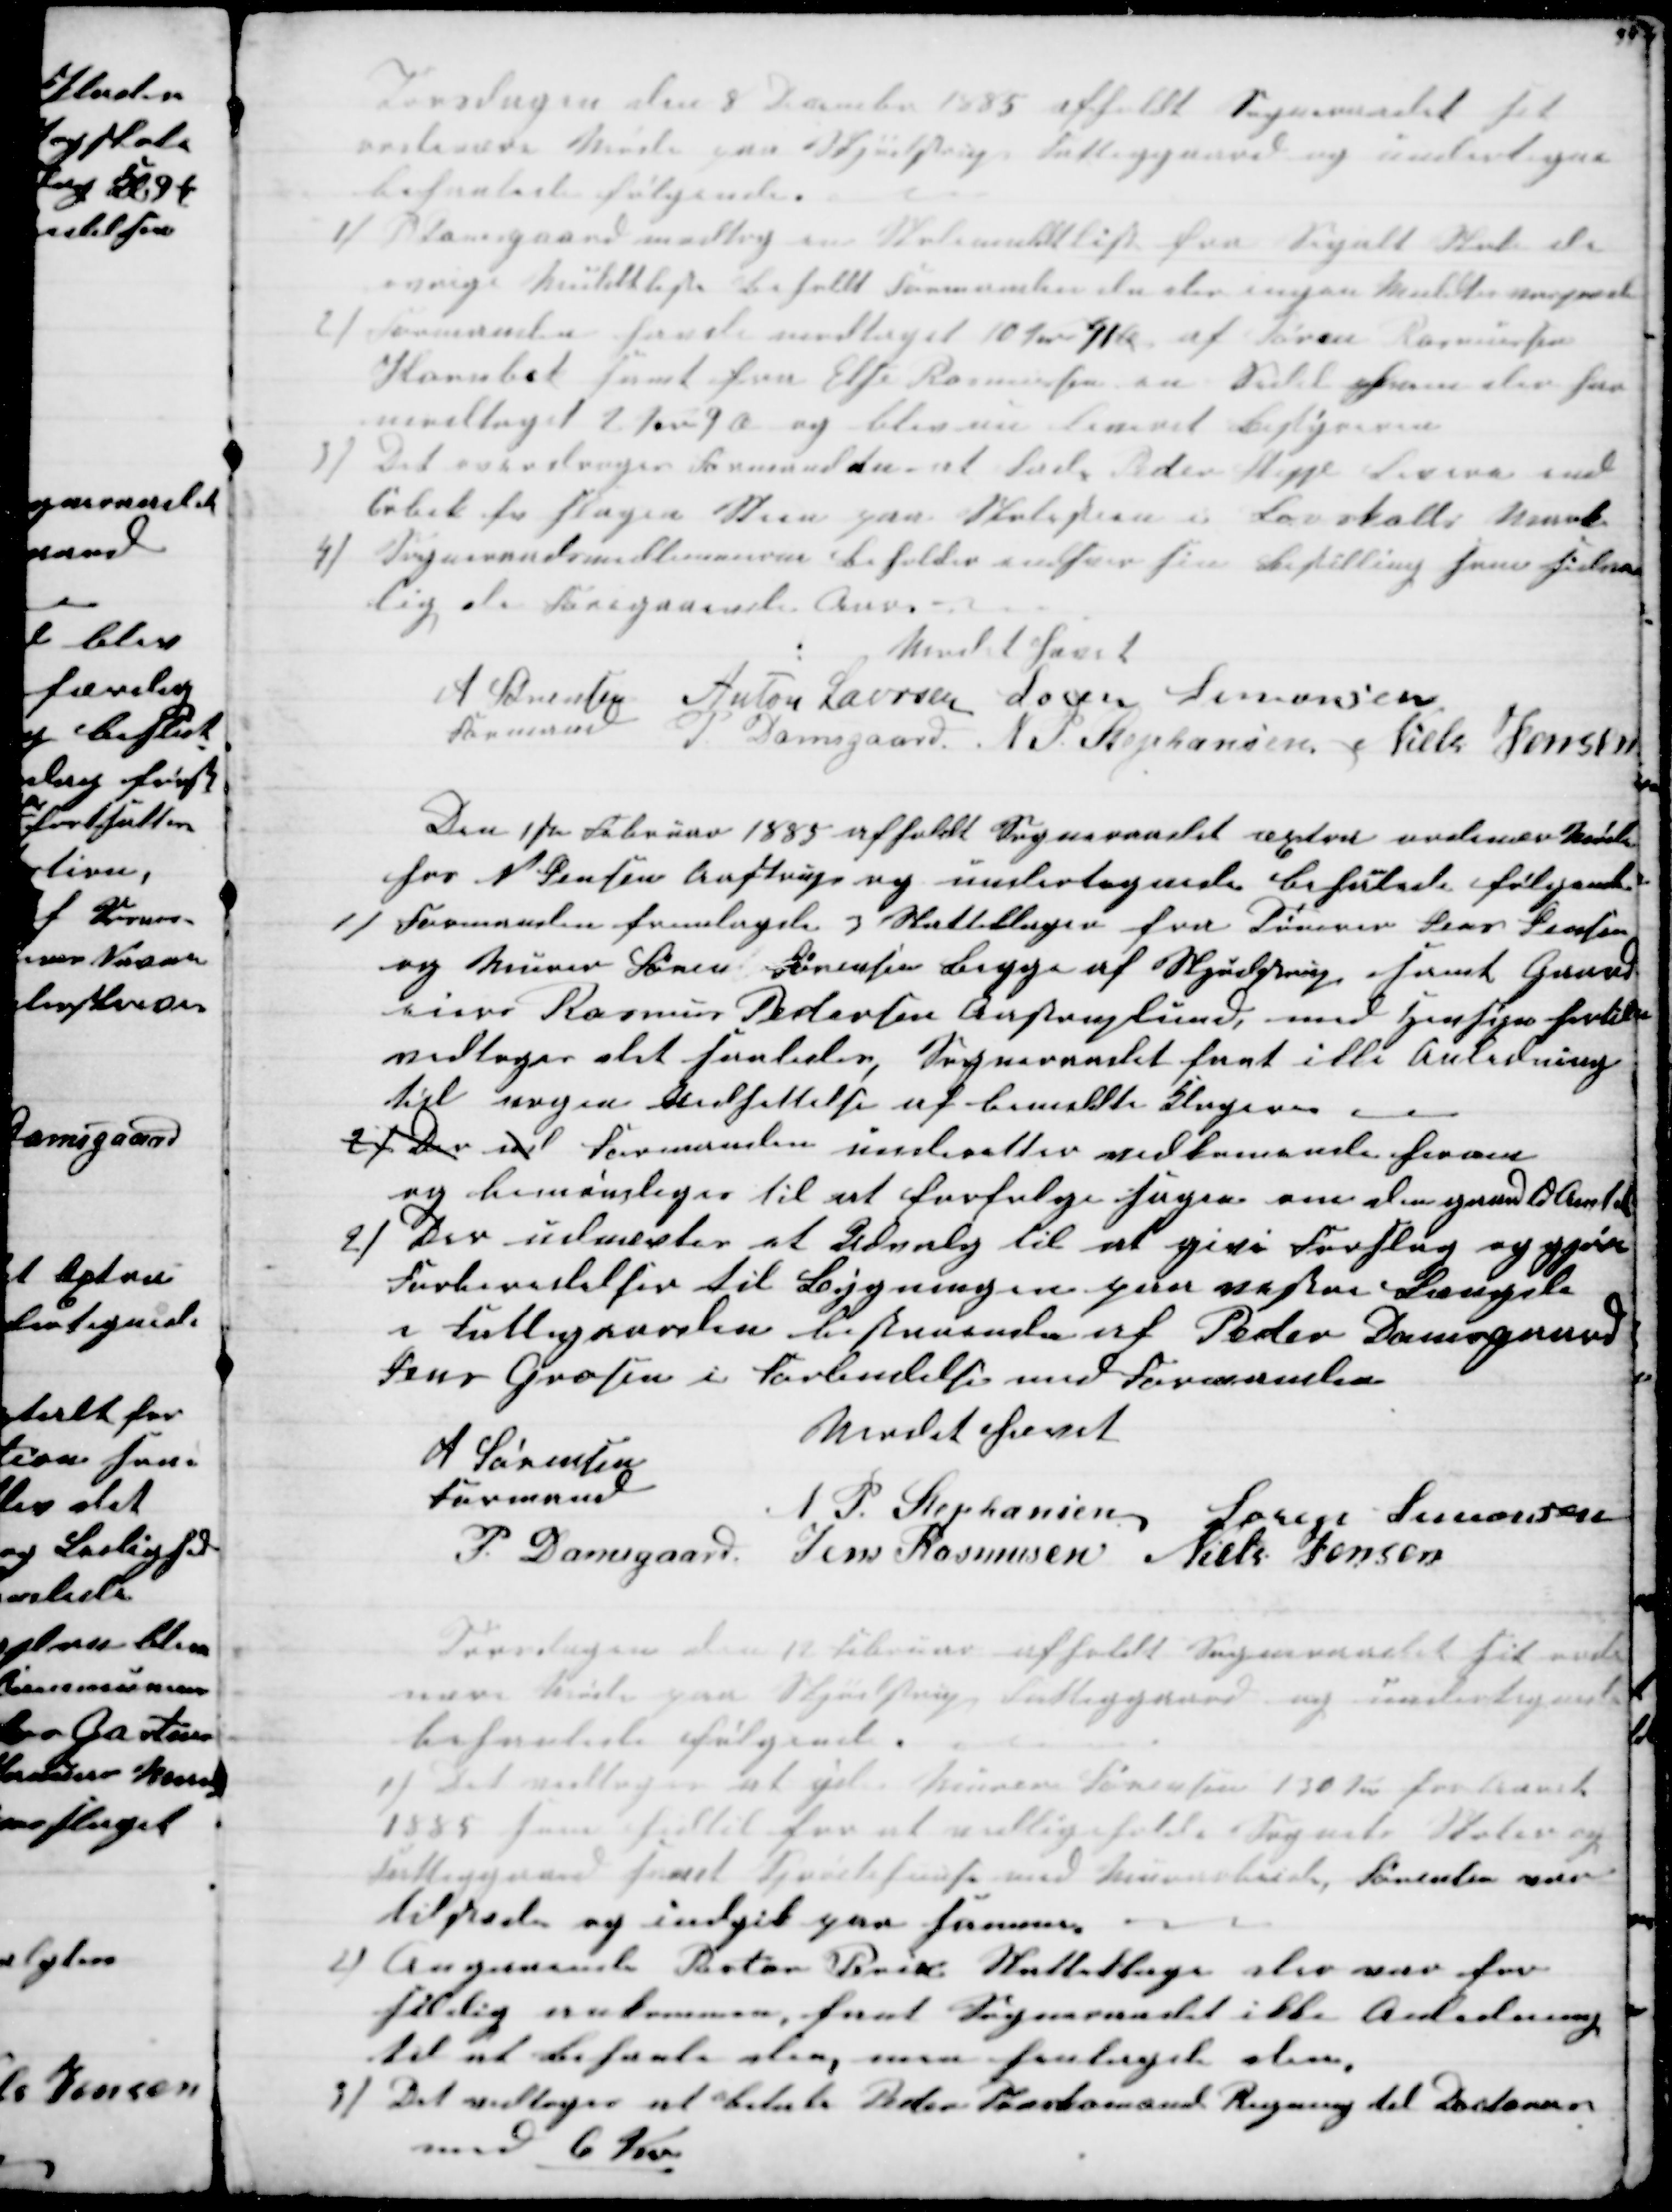
Transskription:
Torsdagen den 8 December 1885 afholdt Sogneraadet sit
ordinære Møde paa Skjødstrup Fattiggaard og undertegne
behanlede følgende.
1) P Damsgaard modtog en Skolemulktliste fra Segalt Skole de
øvrige Mulktlister beholdt Formanden da der ingen Mulkter angivet
2) Formanden havde modtaget 10 Kr. 41 Ø af Søren Rasmussen
Hornbek samt fra Else Rasmussen en Sedel hvem der har
modtaget 2 Kr 9 Ø og blev nu Leveret Bestyreren
3) Det overdroges Formanden at lade Peder Skipper levere end
Cubik fv Slagen Steen paa Skolestien i Løvskalls Mark
4)
Sogneraadsmedlemmerne beholder enhver sin Bestilling som sedvan-
lig de Foregaaende Aar.
Mødet hævet
A Sørensen
Formand
Anton Laursen Søren Simonsen
P Damsgaard N P Stephansen Niels Jensen
Den 1ste Februar 1885 afholdt Sogneraadet æxtra ordinær Møde
hos N Jensen Aastrup og undertegnede behanlede følgende
1)
Formanden fremlagde 3 Skatteklager fra Tømrer Jens Jensen
og Murer Søren Sørensen begge af Skjødstrup, samt Gaard-
eier Rasmus Pedersen Aastruplund, med Hensyn hertil
vedtoges det saaledes, Sogneraadet fant ikke Anledning
til nogen Undsettelse af bemeldte Klagere 
2) Der vil Formanden underetter vedkomende herom
og bemøndiges til at forfølge Sagen om den gaar til Amtet
2)
Der udnævtes et Udvalg til at give Forslag og gjøre
Forberedelser til Bygningen paa vestre Længde
i Fattiggaarden bestaaende af Peder Damsgaard
Jens Grosen i Forbindelse med Formanden
Mødet hævet
A Sørensen
Formand
N. P. Stephansen  Søren Simonsen
P. Damsgaard
Jens Rasmusen Niels Jensen
Torsdagen den 12 Februar afholdt Sogneraadet sit ordi-
nære Møde paa Skjødstrup Fattiggaard og undertegnede
behanlede følgende.
1) Det vedtoges at yde Murer Sørensen 130 Kr for Aaret
1885 som hidtil for at vedligeholde Sognets Skoler og
Fattiggaard samt Sprøitehuus med Murerarbeide, Sørensen var
tilstede og indgik paa samme.
2) Angaaende Pastor Brix Skatteklage der var for
sildig ankommen, fant Sogneraadet ikke Anledning
til at behanle den, men henlagde den,
3) Det vedtoges at betale Peder Træskomand Regning til Doctoren
med 6 Kr.